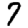
Digit: 7